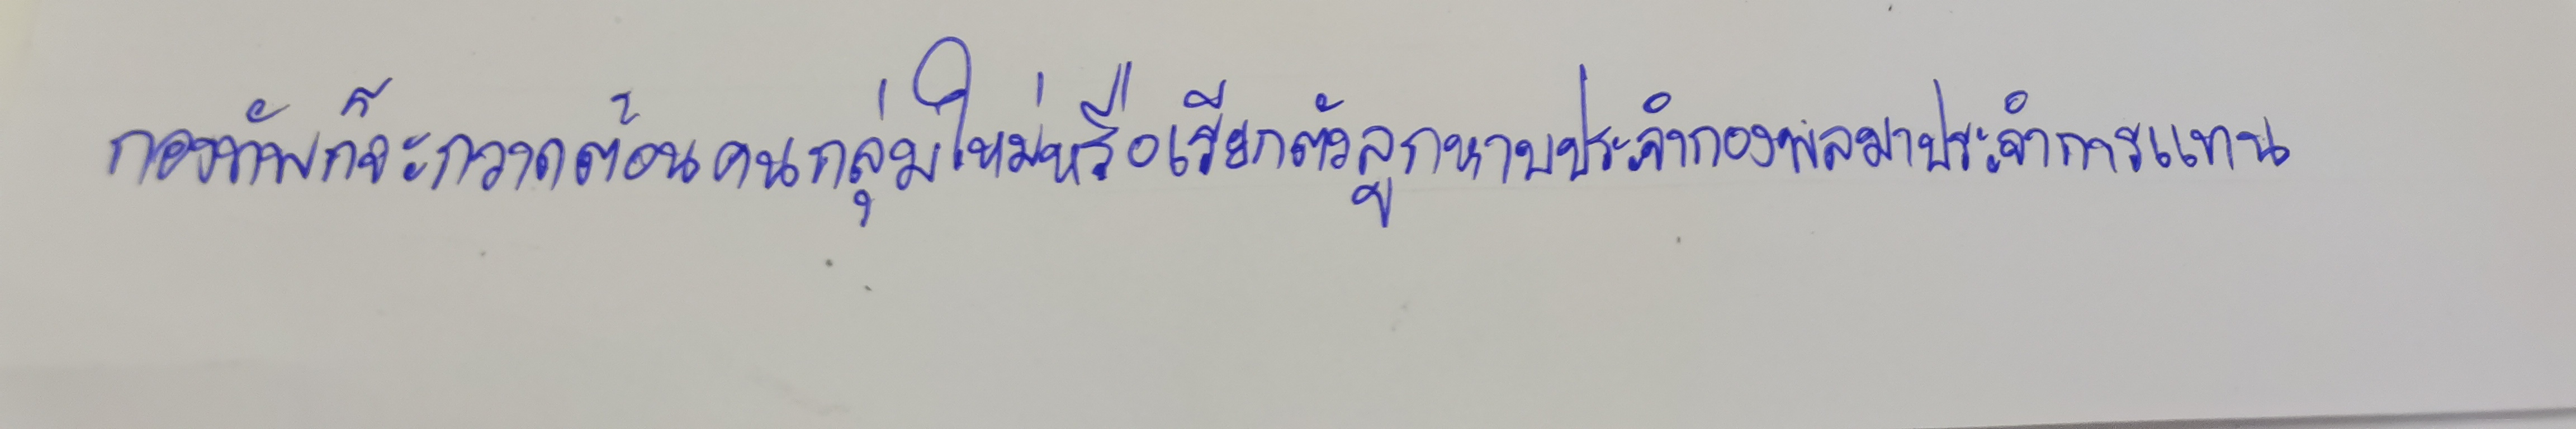
กองทัพก็จะกวาดต้อนคนกลุ่มใหม่หรือเรียกตัวลูกหาบประจำกองพลมาประจำการแทน